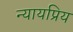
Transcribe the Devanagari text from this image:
न्‍यायप्रिय